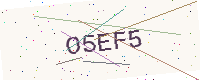
Text: O5EF5